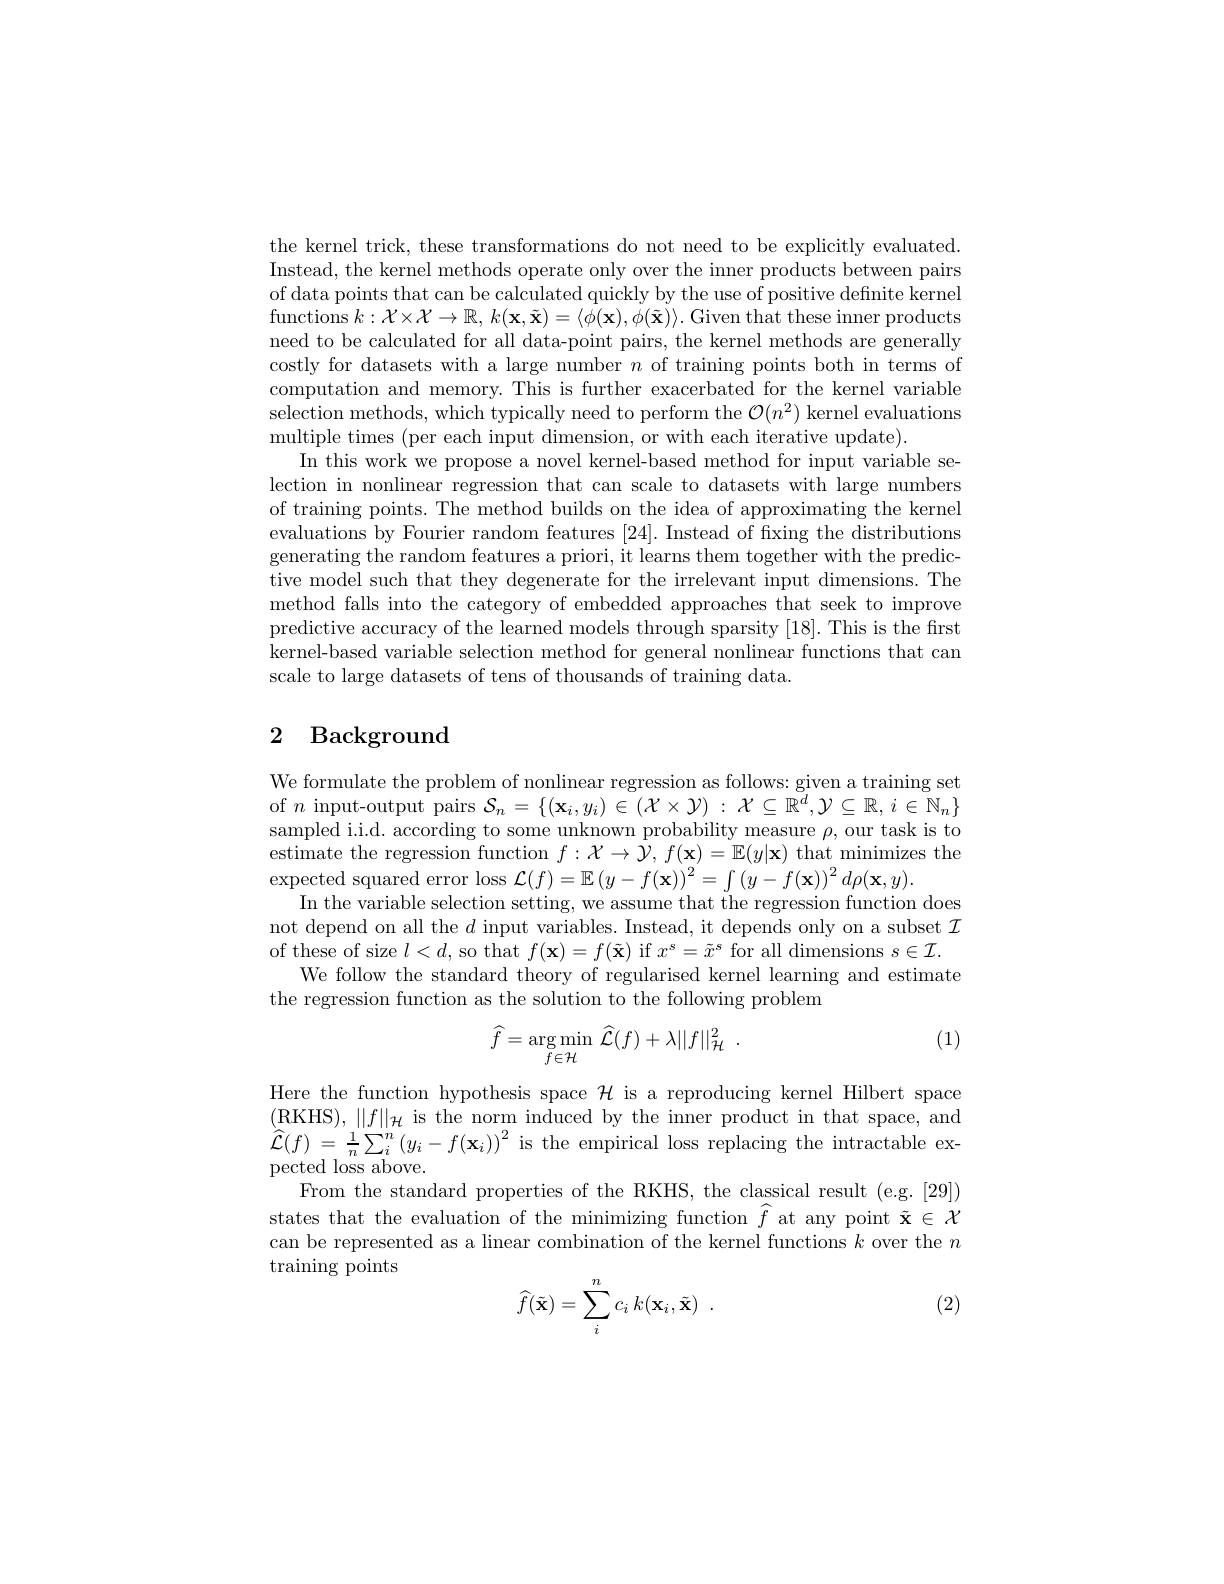
the kernel trick, these transformations do not need to be explicitly evaluated. Instead, the kernel methods operate only over the inner products between pairs of data points that can be calculated quickly by the use of positive definite kernel functions $k: \mathcal{X} \times \mathcal{X} \to \mathbb{R} $, $k( \mathbf{x} , \tilde{\mathbf{x} } ) = \langle \phi ( \mathbf{x} ) , \phi ( \tilde{\mathbf{x} } ) \rangle .$ Given that these inner products need to be calculated for all data-point pairs, the kernel methods are generally costly for datasets with a large number $n$ of training points both in terms of computation and memory. This is further exacerbated for the kernel variable selection methods, which typically need to perform the $\mathcal{O}(n^2)$ kernel evaluations multiple times (per each input dimension, or with each iterative update).
In this work we propose a novel kernel-based method for input variable selection in nonlinear regression that can scale to datasets with large numbers of training points. The method builds on the idea of approximating the kernel evaluations by Fourier random features [24]. Instead of fxing the distributions generating the random features a priori, it learns them together with the predictive model such that they degenerate for the irrelevant input dimensions. The method falls into the category of embedded approaches that seek to improve predictive accuracy of the learned models through sparsity [18]. This is the first kernel-based variable selection method for general nonlinear functions that can scale to large datasets of tens of thousands of training data.

# 2 Background

We formulate the problem of nonlinear regression as follows: given a training set of $n$ input-output pairs $\mathcal{S}_n=\{(\mathbf{x}_i,y_i)\in(\mathcal{X}\times\mathcal{Y}):\mathcal{X}\subseteq\bar{\mathbb{R}^d},\mathcal{Y}\subseteq\mathbb{R},i\in\bar{\mathbb{N}}_n\}$ sampled i.i.d. according to some unknown probability measure $\rho$,our task is to estimate the regression function $f:\mathcal{X}\to\mathcal{Y},f(\mathbf{x})=\mathbb{E}(y|\mathbf{x})$ that minimizes the expected squared error loss $\mathcal{L}(f)=\mathbb{E}\left(y-f(\mathbf{x})\right)^2=\int\left(y-f(\mathbf{x})\right)^2d\rho(\mathbf{x},y).$
In the variable selection setting, we assume that the regression function does not depend on all the $d$ input variables. Instead, it depends only on a subset $\mathcal{I}$ of these of size $l<d$, so that $f(\mathbf{x})=f(\tilde{\mathbf{x}})$ if $x^\mathrm{s}=\tilde{x}^\mathrm{s}$ for all dimensions $s\in\mathcal{I}.$
We follow the standard theory of regularised kernel learning and estimate
the regression function as the solution to the following problem

(1)
$$\widehat f=\underset{f\in\mathcal H}{\arg\min}\:\widehat{\mathcal L}(f)+\lambda||f||_{\mathcal H}^2\:.$$
Here the function hypothesis space $\mathcal{H}$ is a reproducing kernel Hilbert space (RKHS$),\|f\|_{\mathcal{H}}$is the norm induced by the inner product in that space, and $\widehat{\mathcal{L} } ( f)$ = $\frac 1n\sum _{i}^{n}\left ( y_{i}- f( \mathbf{x} _{i}) \right ) ^{2}$ is the empirical loss replacing the intractable expected loss above.
From the standard properties of the RKHS, the classical result (e.g.[29]) states that the evaluation of the minimizing function $\widehat{f}$ at any point $\tilde{\mathbf{x}}\in\mathcal{X}$ can be represented as a linear combination of the kernel functions $k$ over the $n$ ${\mathrm{training~points}}$
$$\widehat{f}(\tilde{\mathbf{x}})=\sum_{i}^{n}c_{i}\:k(\mathbf{x}_{i},\tilde{\mathbf{x}})\:.$$
(2)